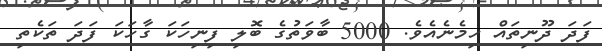
ފަދަ ދޫނިތައް ހިމެނެއެވެ. 5000 ބާވަތުގެ ބޮލި ފިނިހަކަ ގާހަކަ ފަދަ ތަކެތި